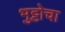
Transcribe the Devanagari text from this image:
भुट्टोचा